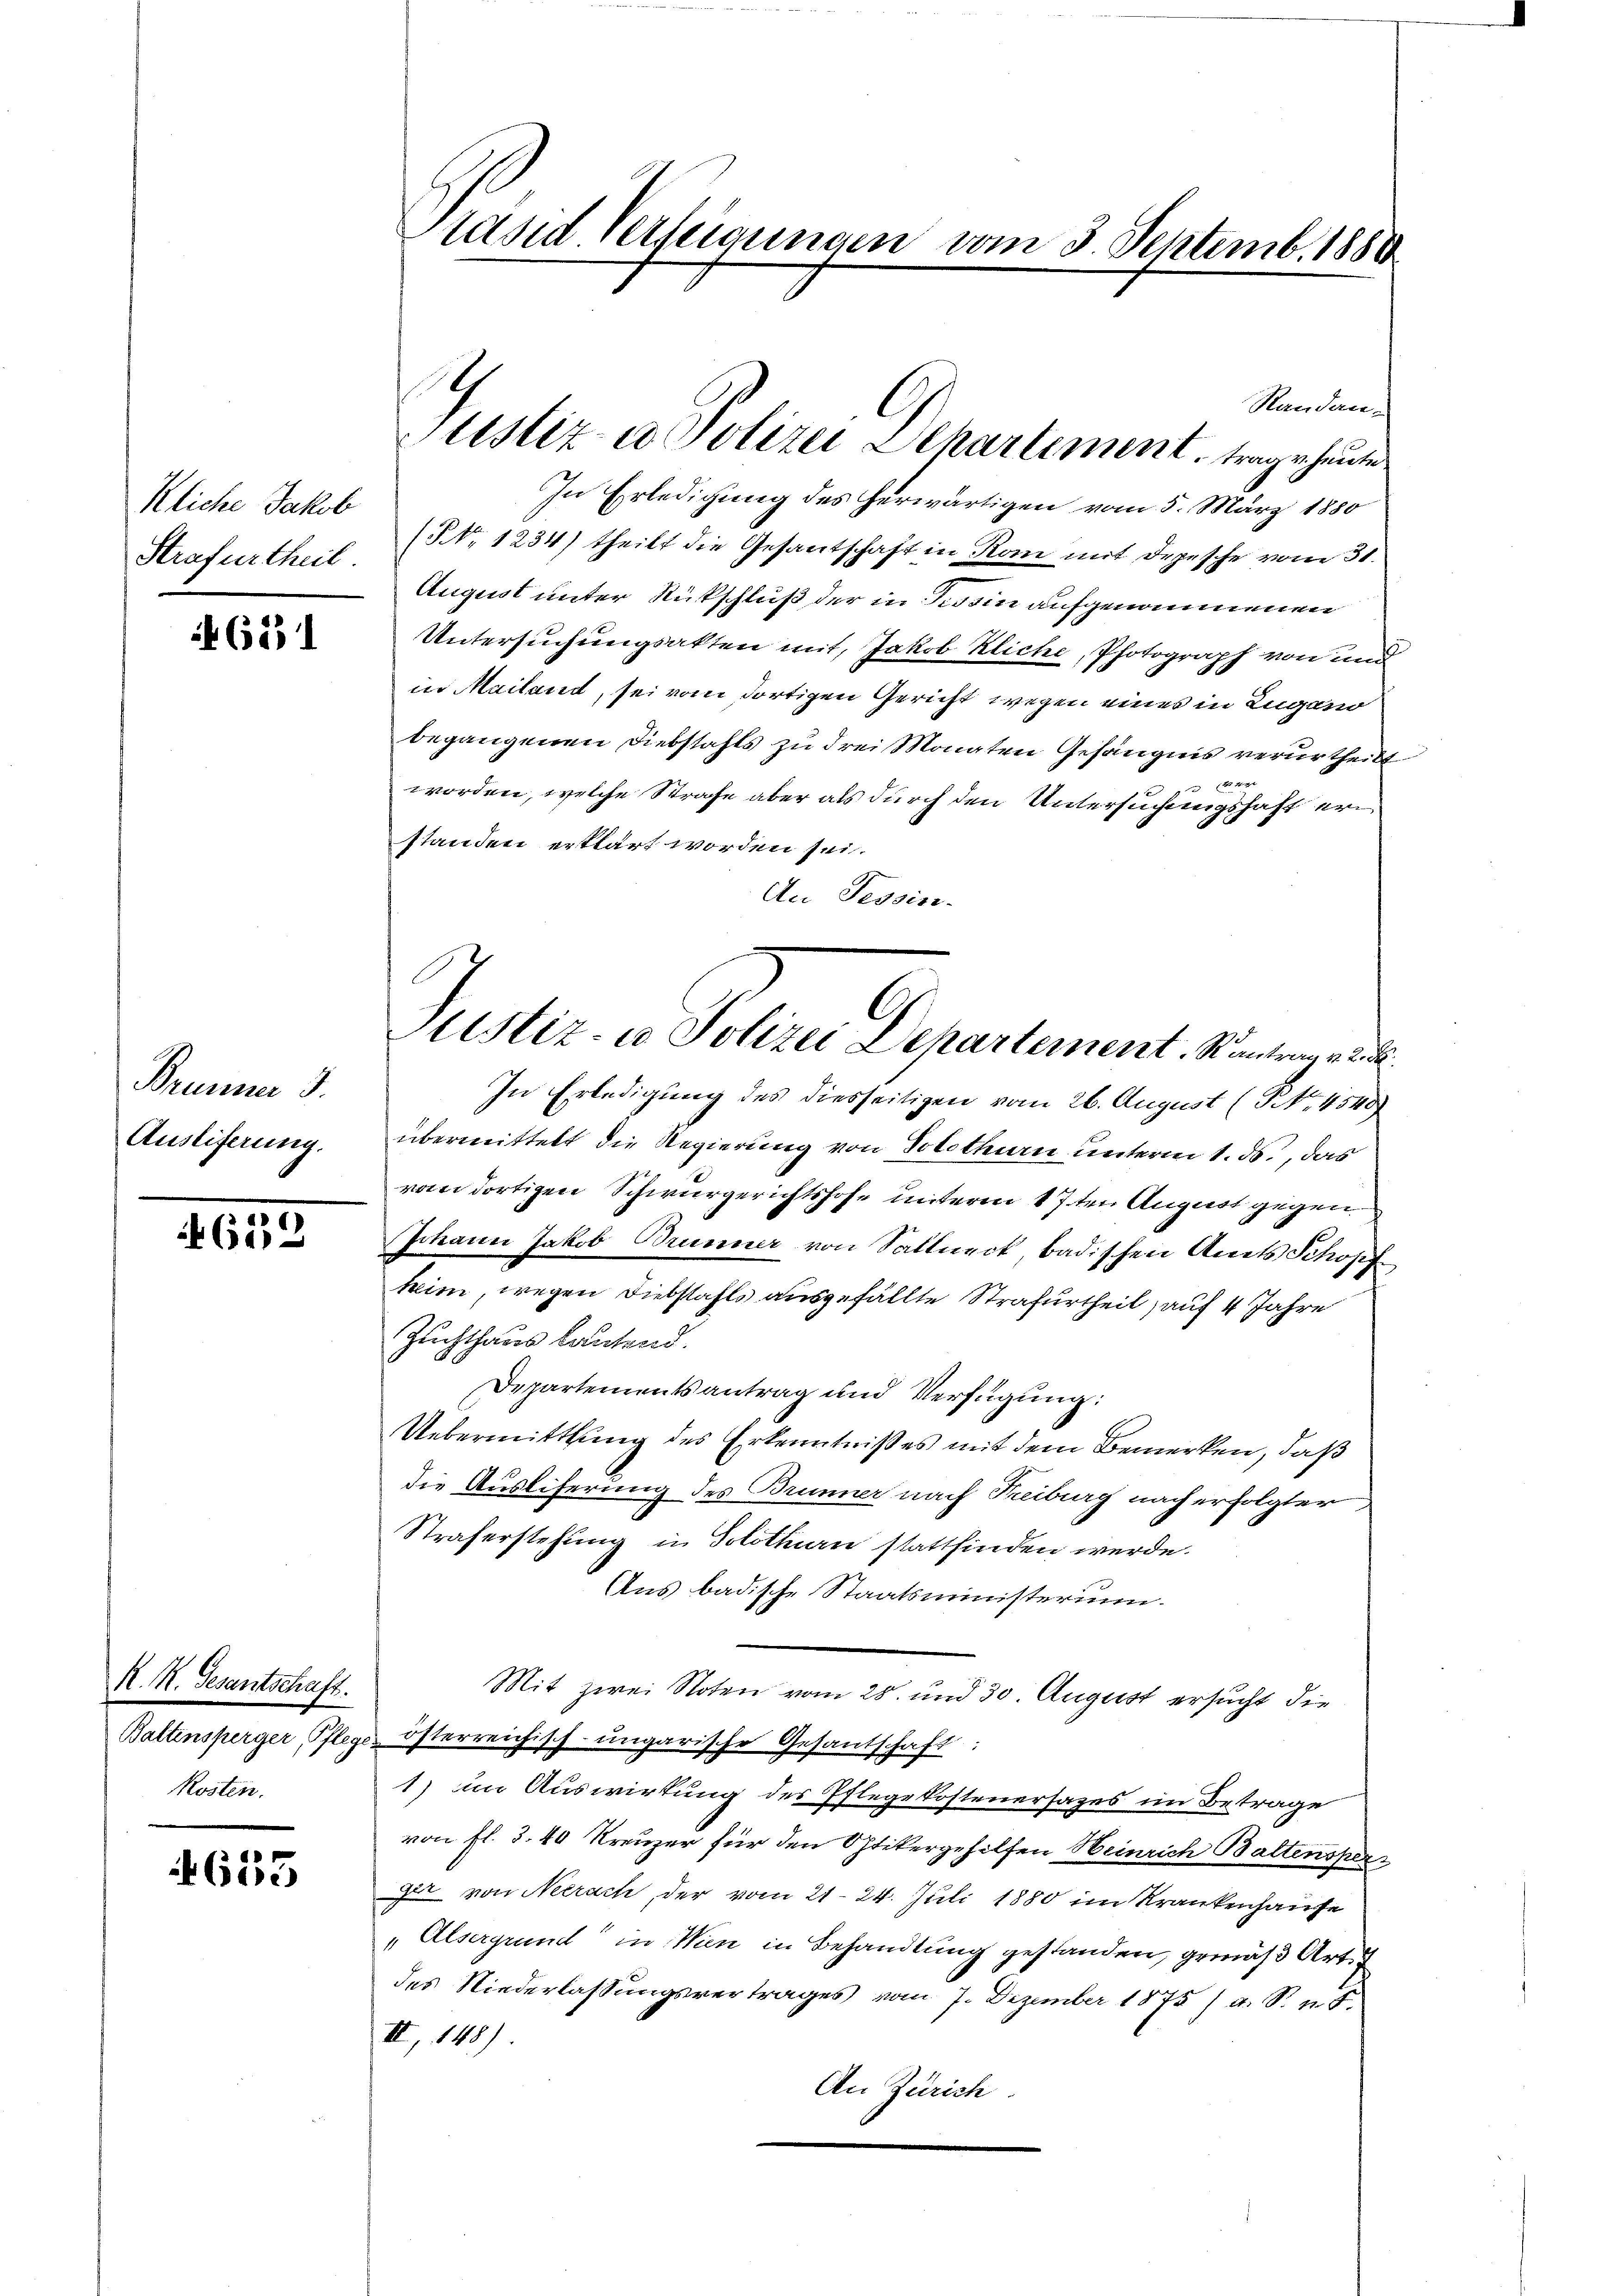
Kliche Jakob
Strafurtheil

621

Brunner 3.
Ausliferung.

619

N. N. Gesantschaft.
Baltensperger Pflege
Kosten.

4653

tand Verfeigungen vom 3. Septemb. 1880

Randan-
In Erledigung des herwärtigen vom 5. März 1880
(NNo. 1234) theilt die Gesantschaft in Rom mit Depesche vom 31.
August unter Rückschluß der in Tessin aufgenommenen
Untersuchungsakten mit, Jakob Kliche, Photograph von und
in Mailand, sei vom dortigen Gericht wegen eines in Lugano
begangenen Diebstahls zu drei Monaten Gefängnis verurtheilt
 1er
worden, welche Strafe aber als durch den Untersuchungshaft erstanden erklärt worden sei.
An Tessin.
In Erledigung des diesseitigen vom 26. August (NNo. 4540)
übermittelt die Regierung von Solothurn unterm 1. ds., das
vom dortigen Schwurgerichtshofe unterm 17ten August gegen
Johann Jakob Brunner von Sallneck badischen Amts Schopf
kin, wegen Diebstahls ausgefällte Strafurtheil, auf 4 Jahre
Zuchthaus lautend.
Departementsantrag und Verfügung:
Uebermittlung des Erkenntniß es mit dem Bemerken, daß
die Auslieferung des Brunner nach Treiburg nach erfolgter
Straferstehung in Solothurn stattfinden werde.
Ans badische Staatsministerium.
Mit zwei Noten vom 28. und 30. August ersucht die
österreichisch-ungarische Gesantschaft:
1) im Auswirkung des Pflegekostenersages im Betrage
von fl. 3. 40 Kreuzer für den Optikergehilfen Heinrich Baltensperger von Neerach, der vom 21. 24. Juli 1880 im Krankenhause
"Alsergrund in Wien in Behandlung gestanden, gemäß Art. 7
des Niederlassungsvertrages vom 7. Dezember 1875 / a. S. n. F.
II 148)
An Zürich

Justiz & Polizei Dehartement, trage heute

Justiz- u Polizei Departement. Kantragen d